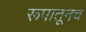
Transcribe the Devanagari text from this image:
रूपातूनच